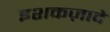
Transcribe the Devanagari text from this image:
इशकज़ादे